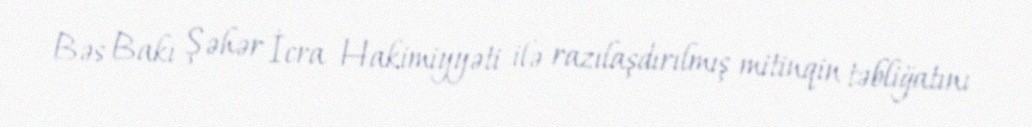
Bəs Bakı Şəhər İcra Hakimiyyəti ilə razılaşdırılmış mitinqin təbliğatını